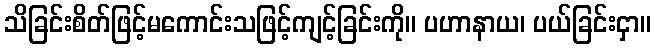
သိခြင်းစိတ်ဖြင့်မကောင်းသဖြင့်ကျင့်ခြင်းကို။ ပဟာနာယ၊ ပယ်ခြင်းငှာ။